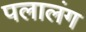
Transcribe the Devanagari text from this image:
पलालंग